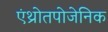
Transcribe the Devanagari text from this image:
एंथ्रोतपोजेनिक